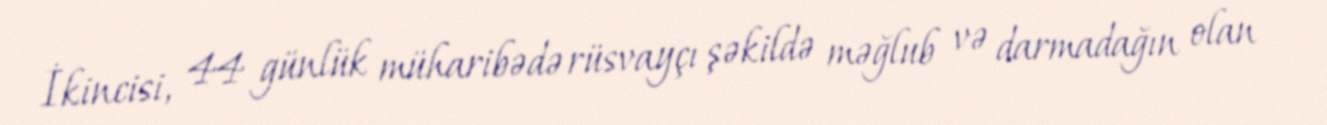
İkincisi, 44 günlük müharibədə rüsvayçı şəkildə məğlub və darmadağın olan